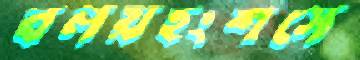
বলয়হংশসে